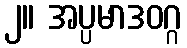
၂။ အပ္ပမာဒဝဂ္ဂ